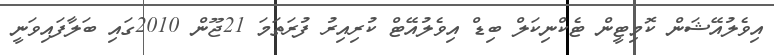
އިވެލުއޭޝަން ކޮމިޓީން ޓެކްނިކަލް ބިޑް އިވެލުއޭޓް ކުރިއިރު ފުރަތަމަ 21ޖޫން 2010ގައި ބަލާފައިވަނީ